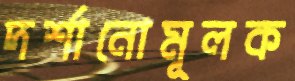
দর্শানোমূলক